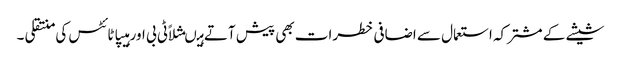
شیشے کے مشترکہ استعمال سے اضافی خطرات بھی پیش آتے ہیںمثلاًٹی بی اور ہیپاٹائٹس کی منتقلی ۔